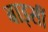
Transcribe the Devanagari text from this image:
बाइसीं